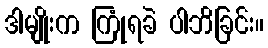
ဒါမျိုးက ကြုံရခဲ ပါဘိခြင်း။